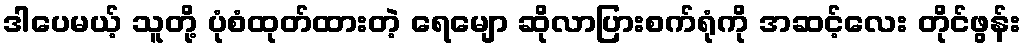
ဒါပေမယ့် သူတို့ ပုံစံထုတ်ထားတဲ့ ရေမျော ဆိုလာပြားစက်ရုံကို အဆင့်လေး တိုင်ဖွန်း